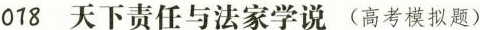
018 天下责任与法家学说 (高考模拟题)